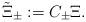
LaTeX: \begin{align*}\tilde{\Xi}_\pm:=C_\pm \Xi. \end{align*}